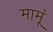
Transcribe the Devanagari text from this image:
मामूं